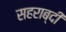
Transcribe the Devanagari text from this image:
सहराब्दी